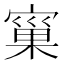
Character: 𭔐